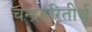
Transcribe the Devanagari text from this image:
चन्द्रहरितीर्थ